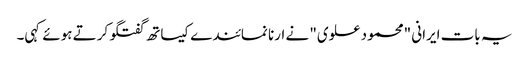
یہ بات ایرانی "محمود علوی" نے ارنا نمائندے کیساتھ گفتگو کرتے ہوئے کہی۔